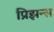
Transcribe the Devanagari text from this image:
प्रिझन्स